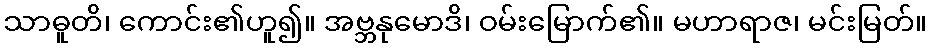
သာဓူတိ၊ ကောင်း၏ဟူ၍။ အဗ္ဘနုမောဒိ၊ ဝမ်းမြောက်၏။ မဟာရာဇ၊ မင်းမြတ်။